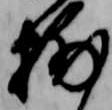
捕